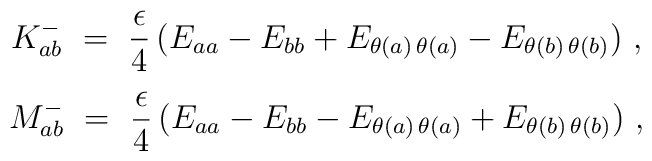
\begin{array}{c}  {\displaystyle   K_{ab}^-~=~\frac{\epsilon}{4} \, ( E_{aa} - E_{bb} +                                      E_{\theta(a) \, \theta(a)} -                                      E_{\theta(b) \, \theta(b)})~,} \\[4mm]  {\displaystyle   M_{ab}^-~=~\frac{\epsilon}{4} \, ( E_{aa} - E_{bb} -                                      E_{\theta(a) \, \theta(a)} +                                      E_{\theta(b) \, \theta(b)})~,} \end{array}